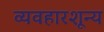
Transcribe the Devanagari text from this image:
व्यवहारशून्य